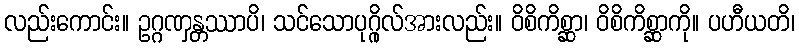
လည်းကောင်း။ ဥဂ္ဂဏှန္တဿာပိ၊ သင်သောပုဂ္ဂိုလ်အားလည်း။ ဝိစိကိစ္ဆာ၊ ဝိစိကိစ္ဆာကို။ ပဟီယတိ၊